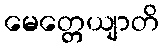
မေတ္တေယျာတိ